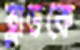
ব্লাডকে